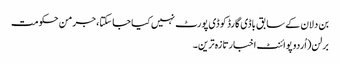
بن دلان کے سابق باڈی گارڈ کو ڈی پورٹ نہیں کیا جا سکتا، جرمن حکومت
برلن(اُردو پوائنٹ اخبارتازہ ترین۔